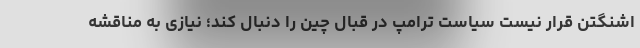
اشنگتن قرار نیست سیاست ترامپ در قبال چین را دنبال کند؛ نیازی به مناقشه